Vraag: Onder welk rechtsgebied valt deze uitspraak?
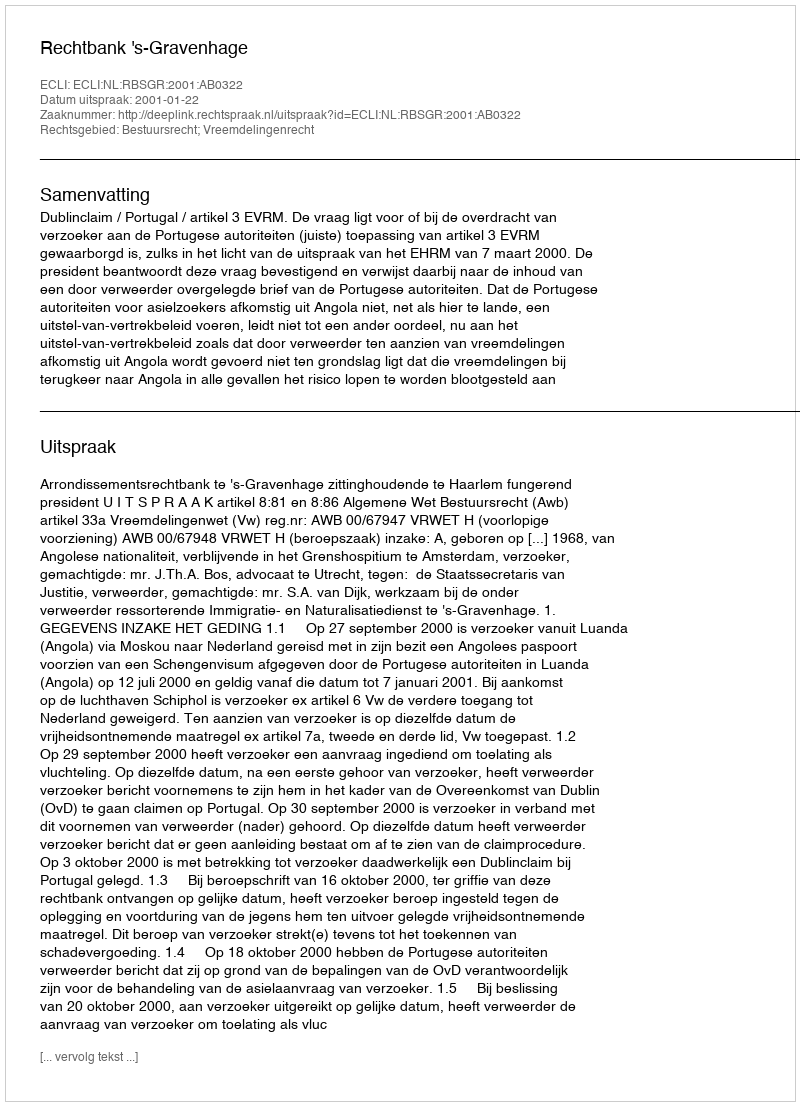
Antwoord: Bestuursrecht; Vreemdelingenrecht